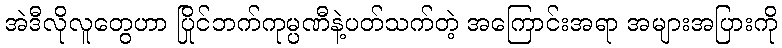
အဲဒီလိုလူတွေဟာ ပြိုင်ဘက်ကုမ္ပဏီနဲ့ပတ်သက်တဲ့ အကြောင်းအရာ အများအပြားကို